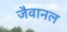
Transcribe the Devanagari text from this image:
जैवानल